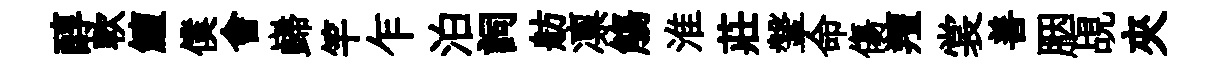
醇軟鱣僕會巋竿乍泊詞舫凛觴淮莊鞶命傷羶裳善胭覘夾